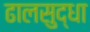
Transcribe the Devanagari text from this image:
ढालसुद्धा